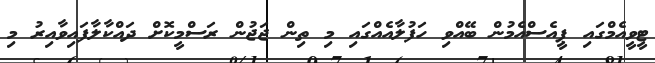
ޓީވީއެމްގައި ޕީއެސްއެމުން ބޭއްވި ހަފުލާއެއްގައި މި ތިން ޖަޖުން ރަސްމީކޮށް ދައްކާލާފައިވާއިރު މި